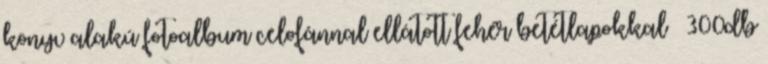
könyv alakú fotoalbum celofánnal ellátott fehér betétlapokkal – 300db